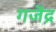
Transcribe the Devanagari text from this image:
गजॆंद्र